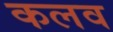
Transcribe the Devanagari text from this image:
कलव